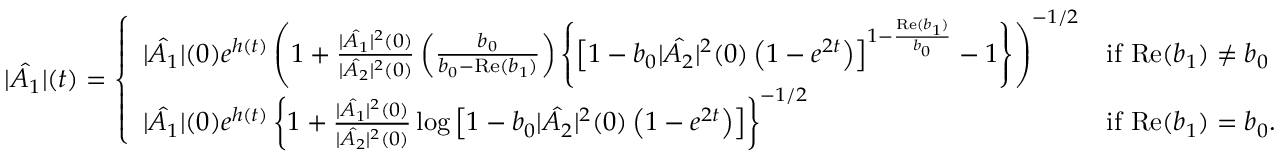
| \hat { A _ { 1 } } | ( t ) = \left\{ \begin{array} { l l } { | \hat { A _ { 1 } } | ( 0 ) e ^ { h ( t ) } \left( 1 + \frac { | \hat { A _ { 1 } } | ^ { 2 } ( 0 ) } { | \hat { A _ { 2 } } | ^ { 2 } ( 0 ) } \left( \frac { b _ { 0 } } { b _ { 0 } - \mathrm { R e } ( b _ { 1 } ) } \right) \left\{ \left[ 1 - b _ { 0 } | \hat { A _ { 2 } } | ^ { 2 } ( 0 ) \left( 1 - e ^ { 2 t } \right) \right] ^ { 1 - \frac { \mathrm { R e } ( b _ { 1 } ) } { b _ { 0 } } } - 1 \right\} \right) ^ { - 1 / 2 } } & { \mathrm { i f ~ } \mathrm { R e } ( b _ { 1 } ) \neq b _ { 0 } } \\ { | \hat { A _ { 1 } } | ( 0 ) e ^ { h ( t ) } \left\{ 1 + \frac { | \hat { A _ { 1 } } | ^ { 2 } ( 0 ) } { | \hat { A _ { 2 } } | ^ { 2 } ( 0 ) } \log \left[ 1 - b _ { 0 } | \hat { A _ { 2 } } | ^ { 2 } ( 0 ) \left( 1 - e ^ { 2 t } \right) \right] \right\} ^ { - 1 / 2 } } & { \mathrm { i f ~ } \mathrm { R e } ( b _ { 1 } ) = b _ { 0 } . } \end{array} \right.